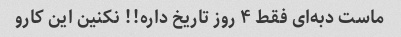
ماست دبه‌ای فقط ۴ روز تاریخ داره!! نکنین این کارو